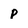
Character: p